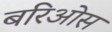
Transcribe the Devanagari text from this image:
बरिओस